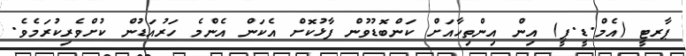
ޕާރޓީ (އެމް.ޑީ.ޕީ) އިން އިންތިހާއަށް ކަންބޮޑުވުން ފާޅުކޮށް އެކަން އެންމެ ހަރުއަޑުން ކުށްވެރިކުރަމެވެ.